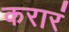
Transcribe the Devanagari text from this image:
करारं